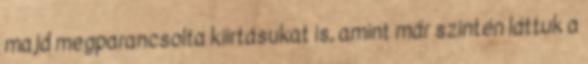
majd megparancsolta kiirtásukat is, amint már szintén láttuk a